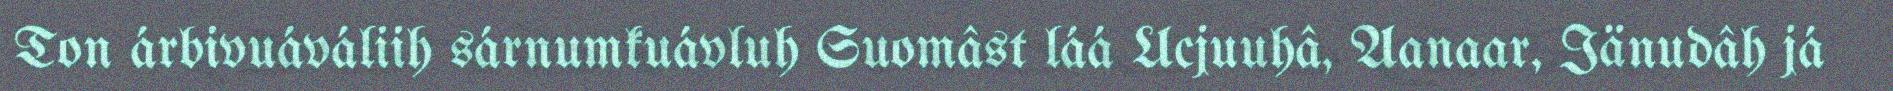
Ton árbivuáváliih sárnumkuávluh Suomâst láá Ucjuuhâ, Aanaar, Iänudâh já